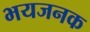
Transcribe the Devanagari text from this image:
भयजनक